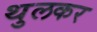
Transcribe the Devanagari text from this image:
थुलकर